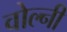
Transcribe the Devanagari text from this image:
वोल्नी